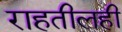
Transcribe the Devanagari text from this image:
राहतीलही